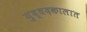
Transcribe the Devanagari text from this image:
युद्धदकालात